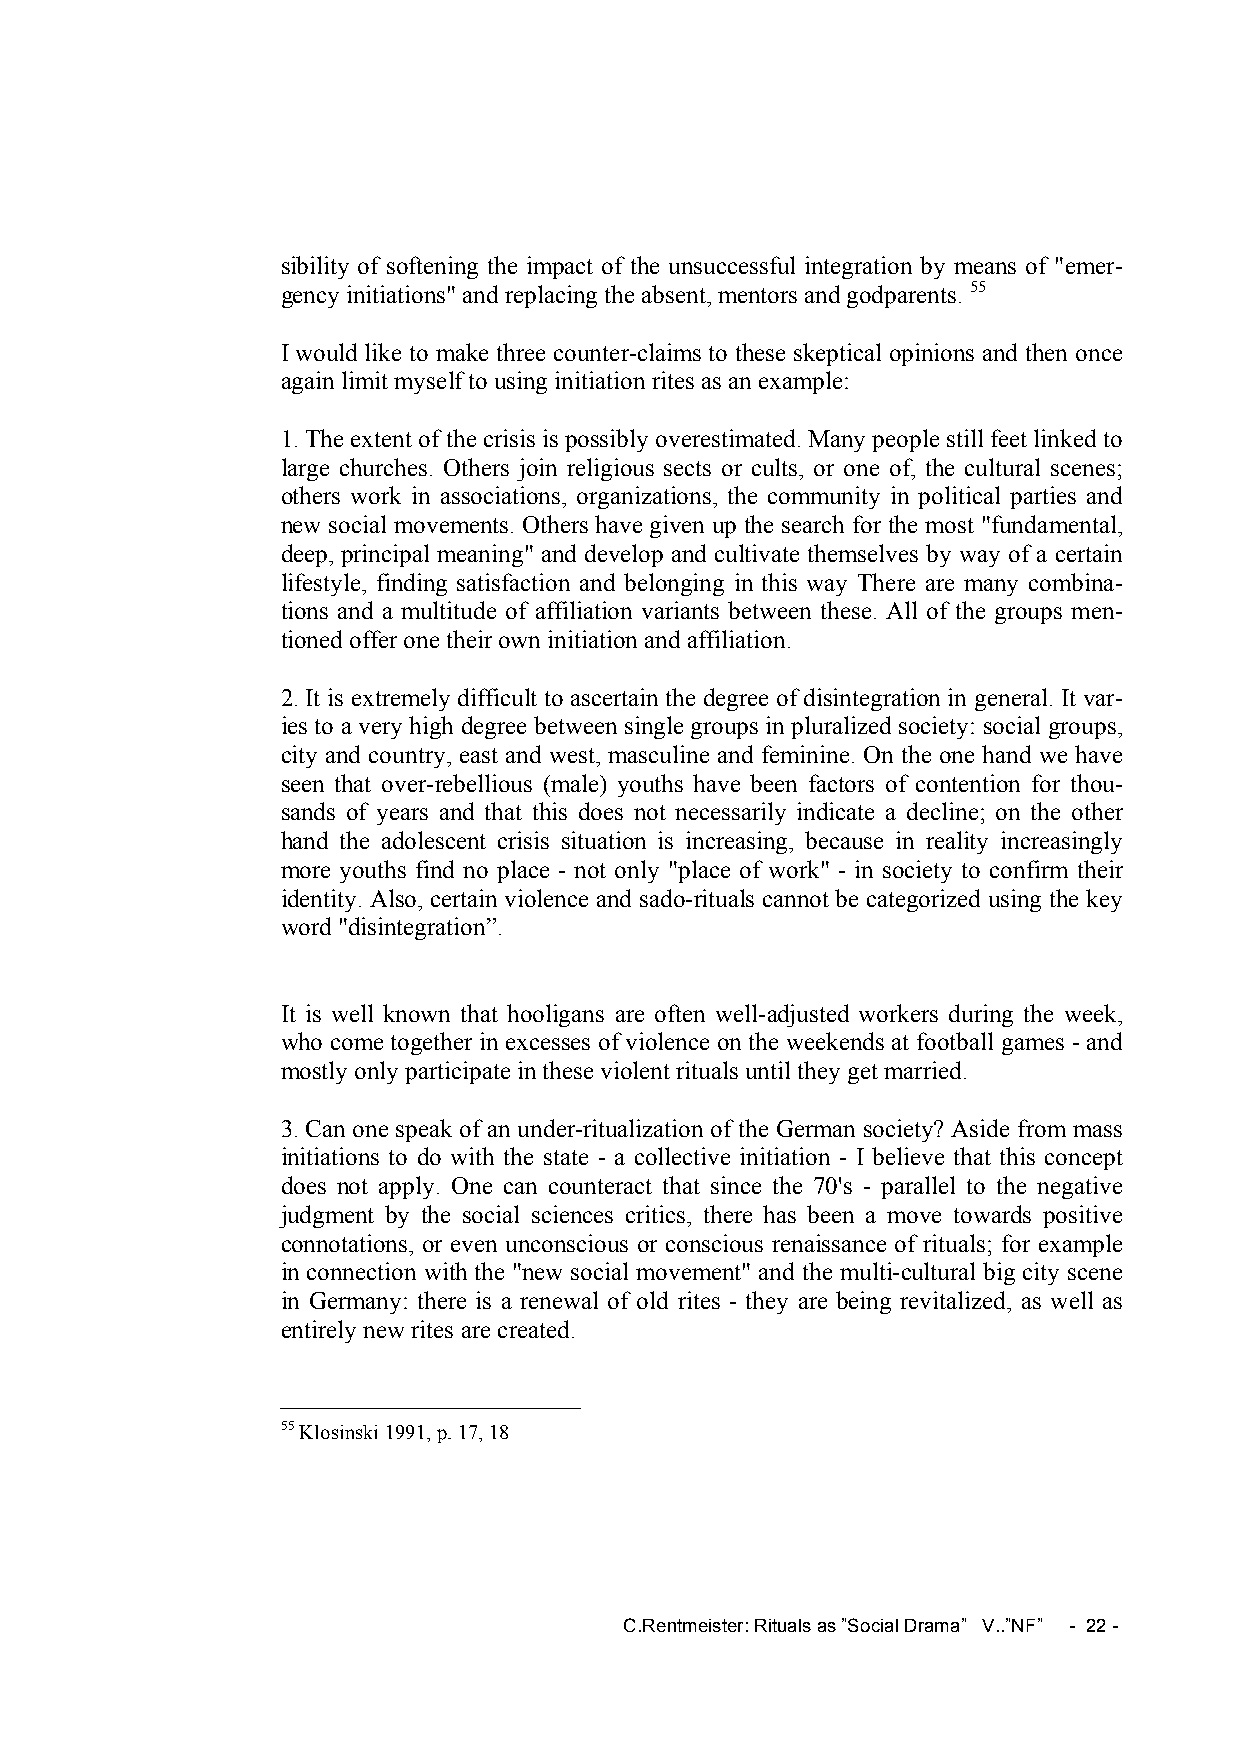
sibility of softening the impact of the unsuccessful integration by means of "emer-
 gency initiations" and replacing the absent, mentors and godparents. 55
 I would like to make three counter-claims to these skeptical opinions and then once
 again limit myself to using initiation rites as an example:
 1. The extent of the crisis is possibly overestimated. Many people still feet linked to
 large churches. Others join religious sects or cults, or one of, the cultural scenes;
 others work in associations, organizations, the community in political parties and
 new social movements. Others have given up the search for the most "fundamental,
 deep, principal meaning" and develop and cultivate themselves by way of a certain
 lifestyle, finding satisfaction and belonging in this way There are many combina-
 tions and a multitude of affiliation variants between these. All of the groups men-
 tioned offer one their own initiation and affiliation.
 2. It is extremely difficult to ascertain the degree of disintegration in general. It var-
 ies to a very high degree between single groups in pluralized society: social groups,
 city and country, east and west, masculine and feminine. On the one hand we have
 seen that over-rebellious (male) youths have been factors of contention for thou-
 sands of years and that this does not necessarily indicate a decline; on the other
 hand the adolescent crisis situation is increasing, because in reality increasingly
 more youths find no place - not only "place of work" - in society to confirm their
 identity. Also, certain violence and sado-rituals cannot be categorized using the key
 word "disintegration”.
 It is well known that hooligans are often well-adjusted workers during the week,
 who come together in excesses of violence on the weekends at football games - and
 mostly only participate in these violent rituals until they get married.
 3. Can one speak of an under-ritualization of the German society? Aside from mass
 initiations to do with the state - a collective initiation - I believe that this concept
 does not apply. One can counteract that since the 70's - parallel to the negative
 judgment by the social sciences critics, there has been a move towards positive
 connotations, or even unconscious or conscious renaissance of rituals; for example
 in connection with the "new social movement" and the multi-cultural big city scene
 in Germany: there is a renewal of old rites - they are being revitalized, as well as
 entirely new rites are created.
 55 Klosinski 1991, p. 17, 18
 C.Rentmeister: Rituals as ”Social Drama” V..”NF” - 22 -